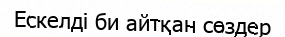
Ескелді би айтқан сөздер